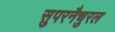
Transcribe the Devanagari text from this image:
सुपरनैचुरल